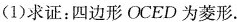
(1)求证：四边形OCED为菱形.